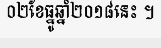
០២ខែធ្នូឆ្នាំ២០១៨នេះ ។